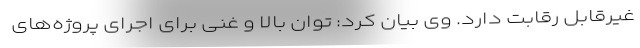
غیرقابل رقابت دارد. وی بیان کرد: توان بالا و غنی برای اجرای پروژه‌های